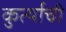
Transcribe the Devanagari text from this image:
कुर्त्याची